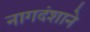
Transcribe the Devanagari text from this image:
नागदंशाने